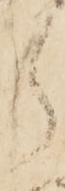
郎